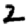
Digit: 2